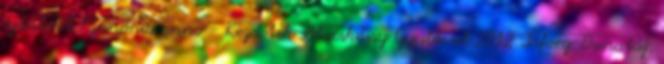
ajánlott Pannónia anno - Kezdetek Macskássy Gyulával 2012 Inforg-Dunatáj,